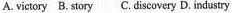
A.victory B.Story C.Discovery D. Industry